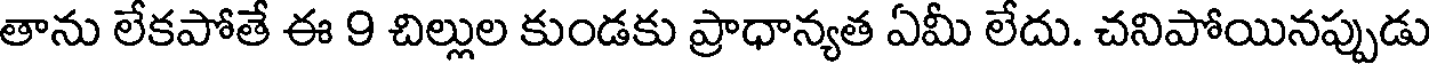
తాను లేకపోతే ఈ 9 చిల్లుల కుండకు ప్రాధాన్యత ఏమీ లేదు. చనిపోయినప్పుడు